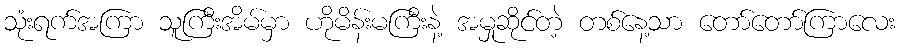
သုံးရက်အကြာ သူကြီးအိမ်မှာ ဟိုမိန်းမကြီးနဲ့ အမှုဆိုင်တဲ့ တစ်နေ့သာ တော်တော်ကြာလေး